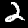
Digit: 2